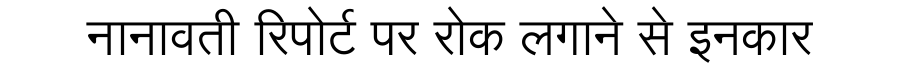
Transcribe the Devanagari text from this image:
नानावती रिपोर्ट पर रोक लगाने से इनकार